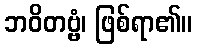
ဘဝိတဗ္ဗံ၊ ဖြစ်ရာ၏။